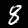
Digit: 8